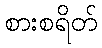
စားစရိတ်